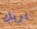
بربك